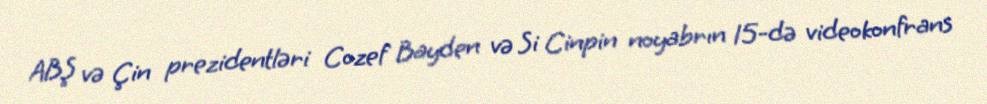
ABŞ və Çin prezidentləri Cozef Bayden və Si Cinpin noyabrın 15-də videokonfrans